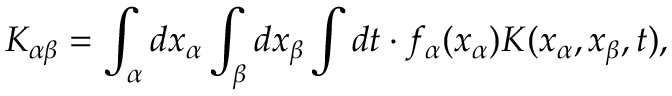
K _ { \alpha \beta } = \int _ { \alpha } d x _ { \alpha } \int _ { \beta } d x _ { \beta } \int d t \cdot f _ { \alpha } ( { x _ { \alpha } } ) K ( x _ { \alpha } , x _ { \beta } , t ) ,